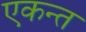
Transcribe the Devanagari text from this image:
एकन्त